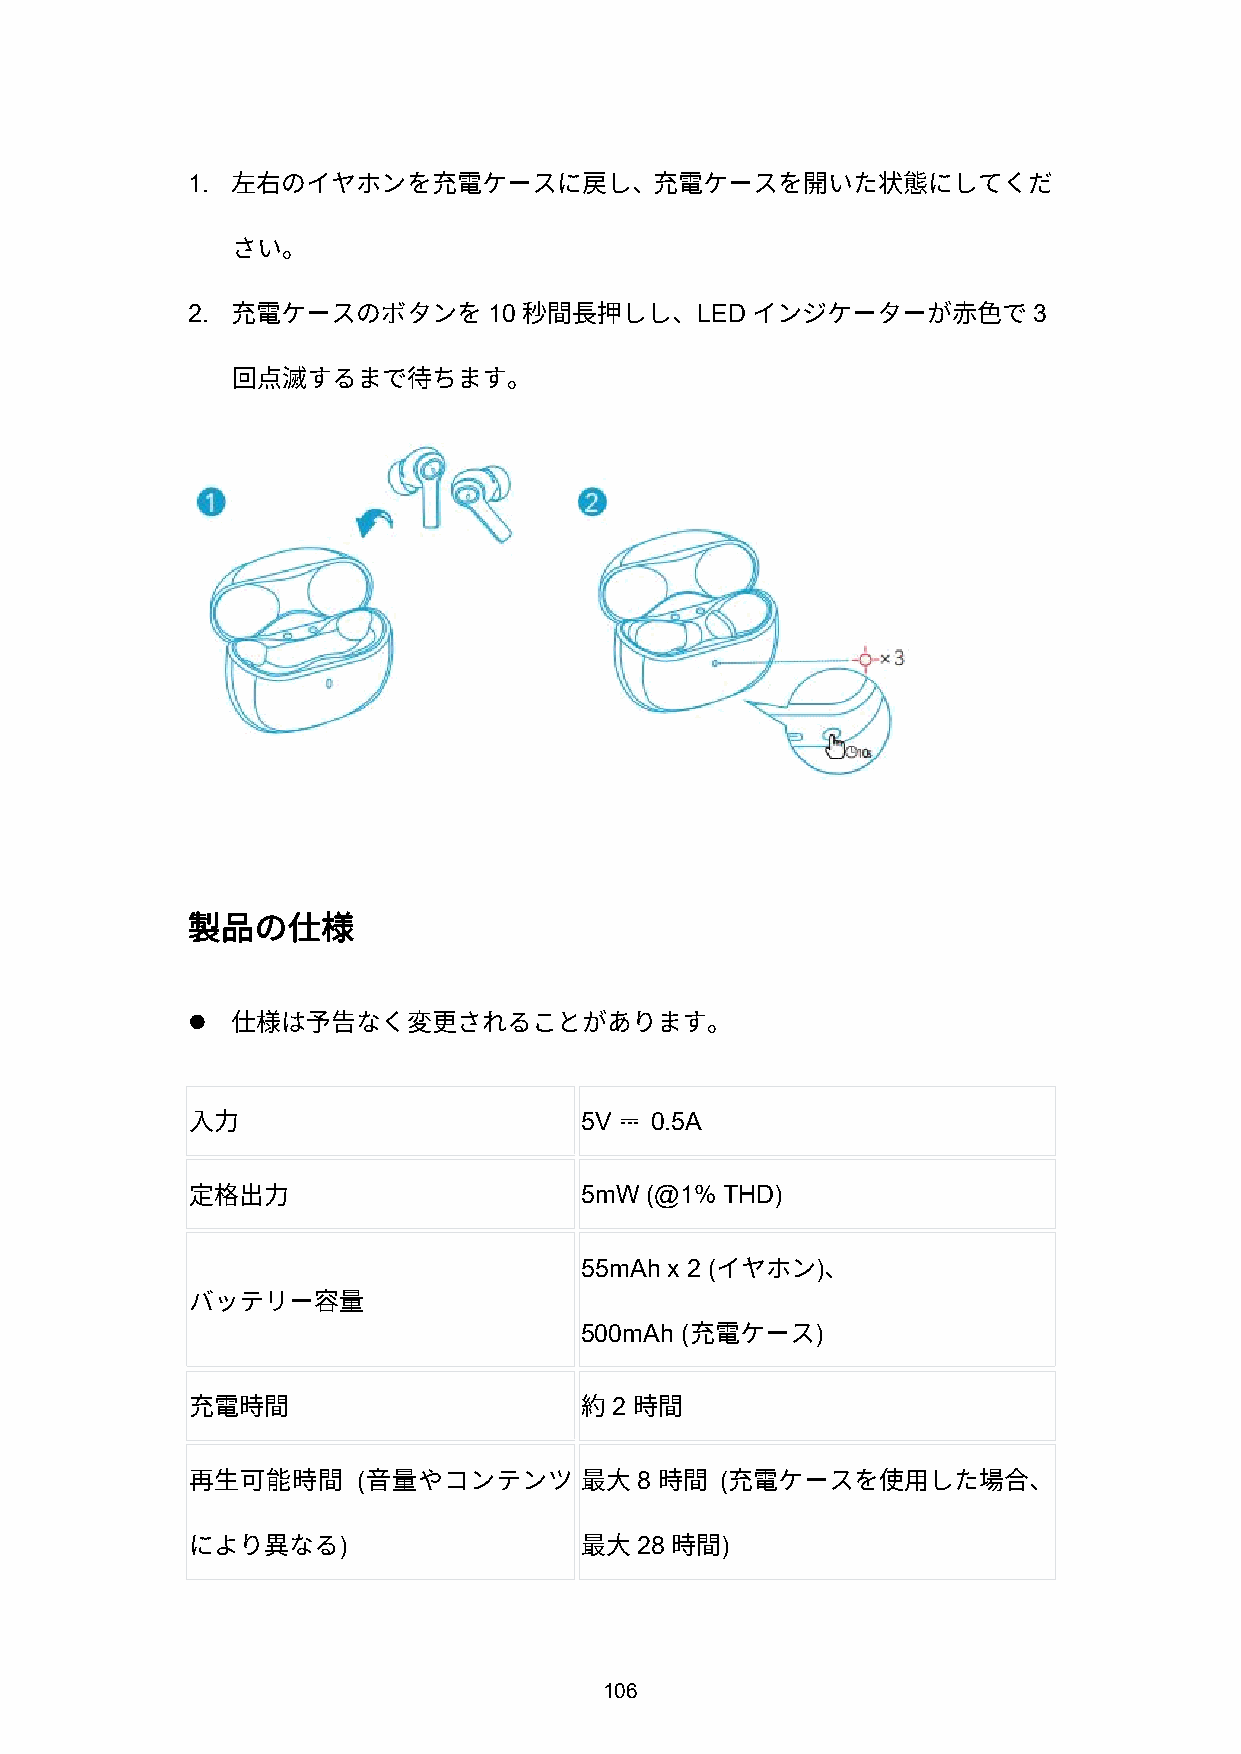
1.
 左右のイヤホンを充電ケースに戻し、充電ケースを開いた状態にしてくだ
 さい。
 2.                  10            LED                   3
 充電ケースのボタンを          秒間長押しし、        インジケーターが赤色で
 回点滅するまで待ちます。
 製品の仕様
 
 仕様は予告なく変更されることがあります。
 5V   0.5A
 ⎓
 入力
 5mW  (@1% THD)
 定格出力
 55mAh x 2 (     )
 イヤホン    、
 バッテリー容量
 500mAh (        )
 充電ケース
 2
 充電時間                      約   時間
 (                 8     (
 再生可能時間      音量やコンテンツ      最大    時間  充電ケースを使用した場合、
 )                   28    )
 により異なる                    最大    時間
 106